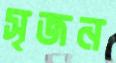
সৃজন